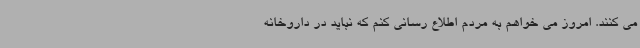
می کنند. امروز می خواهم به مردم اطلاع رسانی کنم که نباید در داروخانه